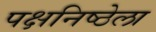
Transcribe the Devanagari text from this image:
पक्षनिष्ठेला